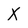
Character: x